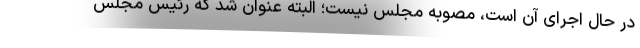
در حال اجرای آن است، مصوبه مجلس نیست؛ البته عنوان شد که رئیس مجلس